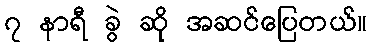
၇ နာရီ ခွဲ ဆို အဆင်ပြေတယ်။